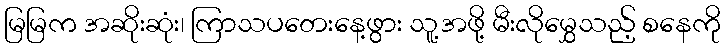
မြမြက အဆိုးဆုံး၊ ကြာသပတေးနေ့ဖွား သူ့အဖို့ မီးလိုမွှေသည့် စနေကို